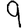
Digit: 9